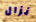
نزال